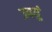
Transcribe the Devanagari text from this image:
उपर्यु